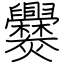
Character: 爨